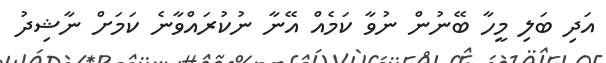
އަދި ބަލި މީހާ ބޭނުން ނުވާ ކަމެއް އޭނާ ނުކުރައްވާނެ ކަމަށް ނާޝިދު